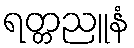
ရတ္တညူနံ